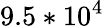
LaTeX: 9.5*10^{4}